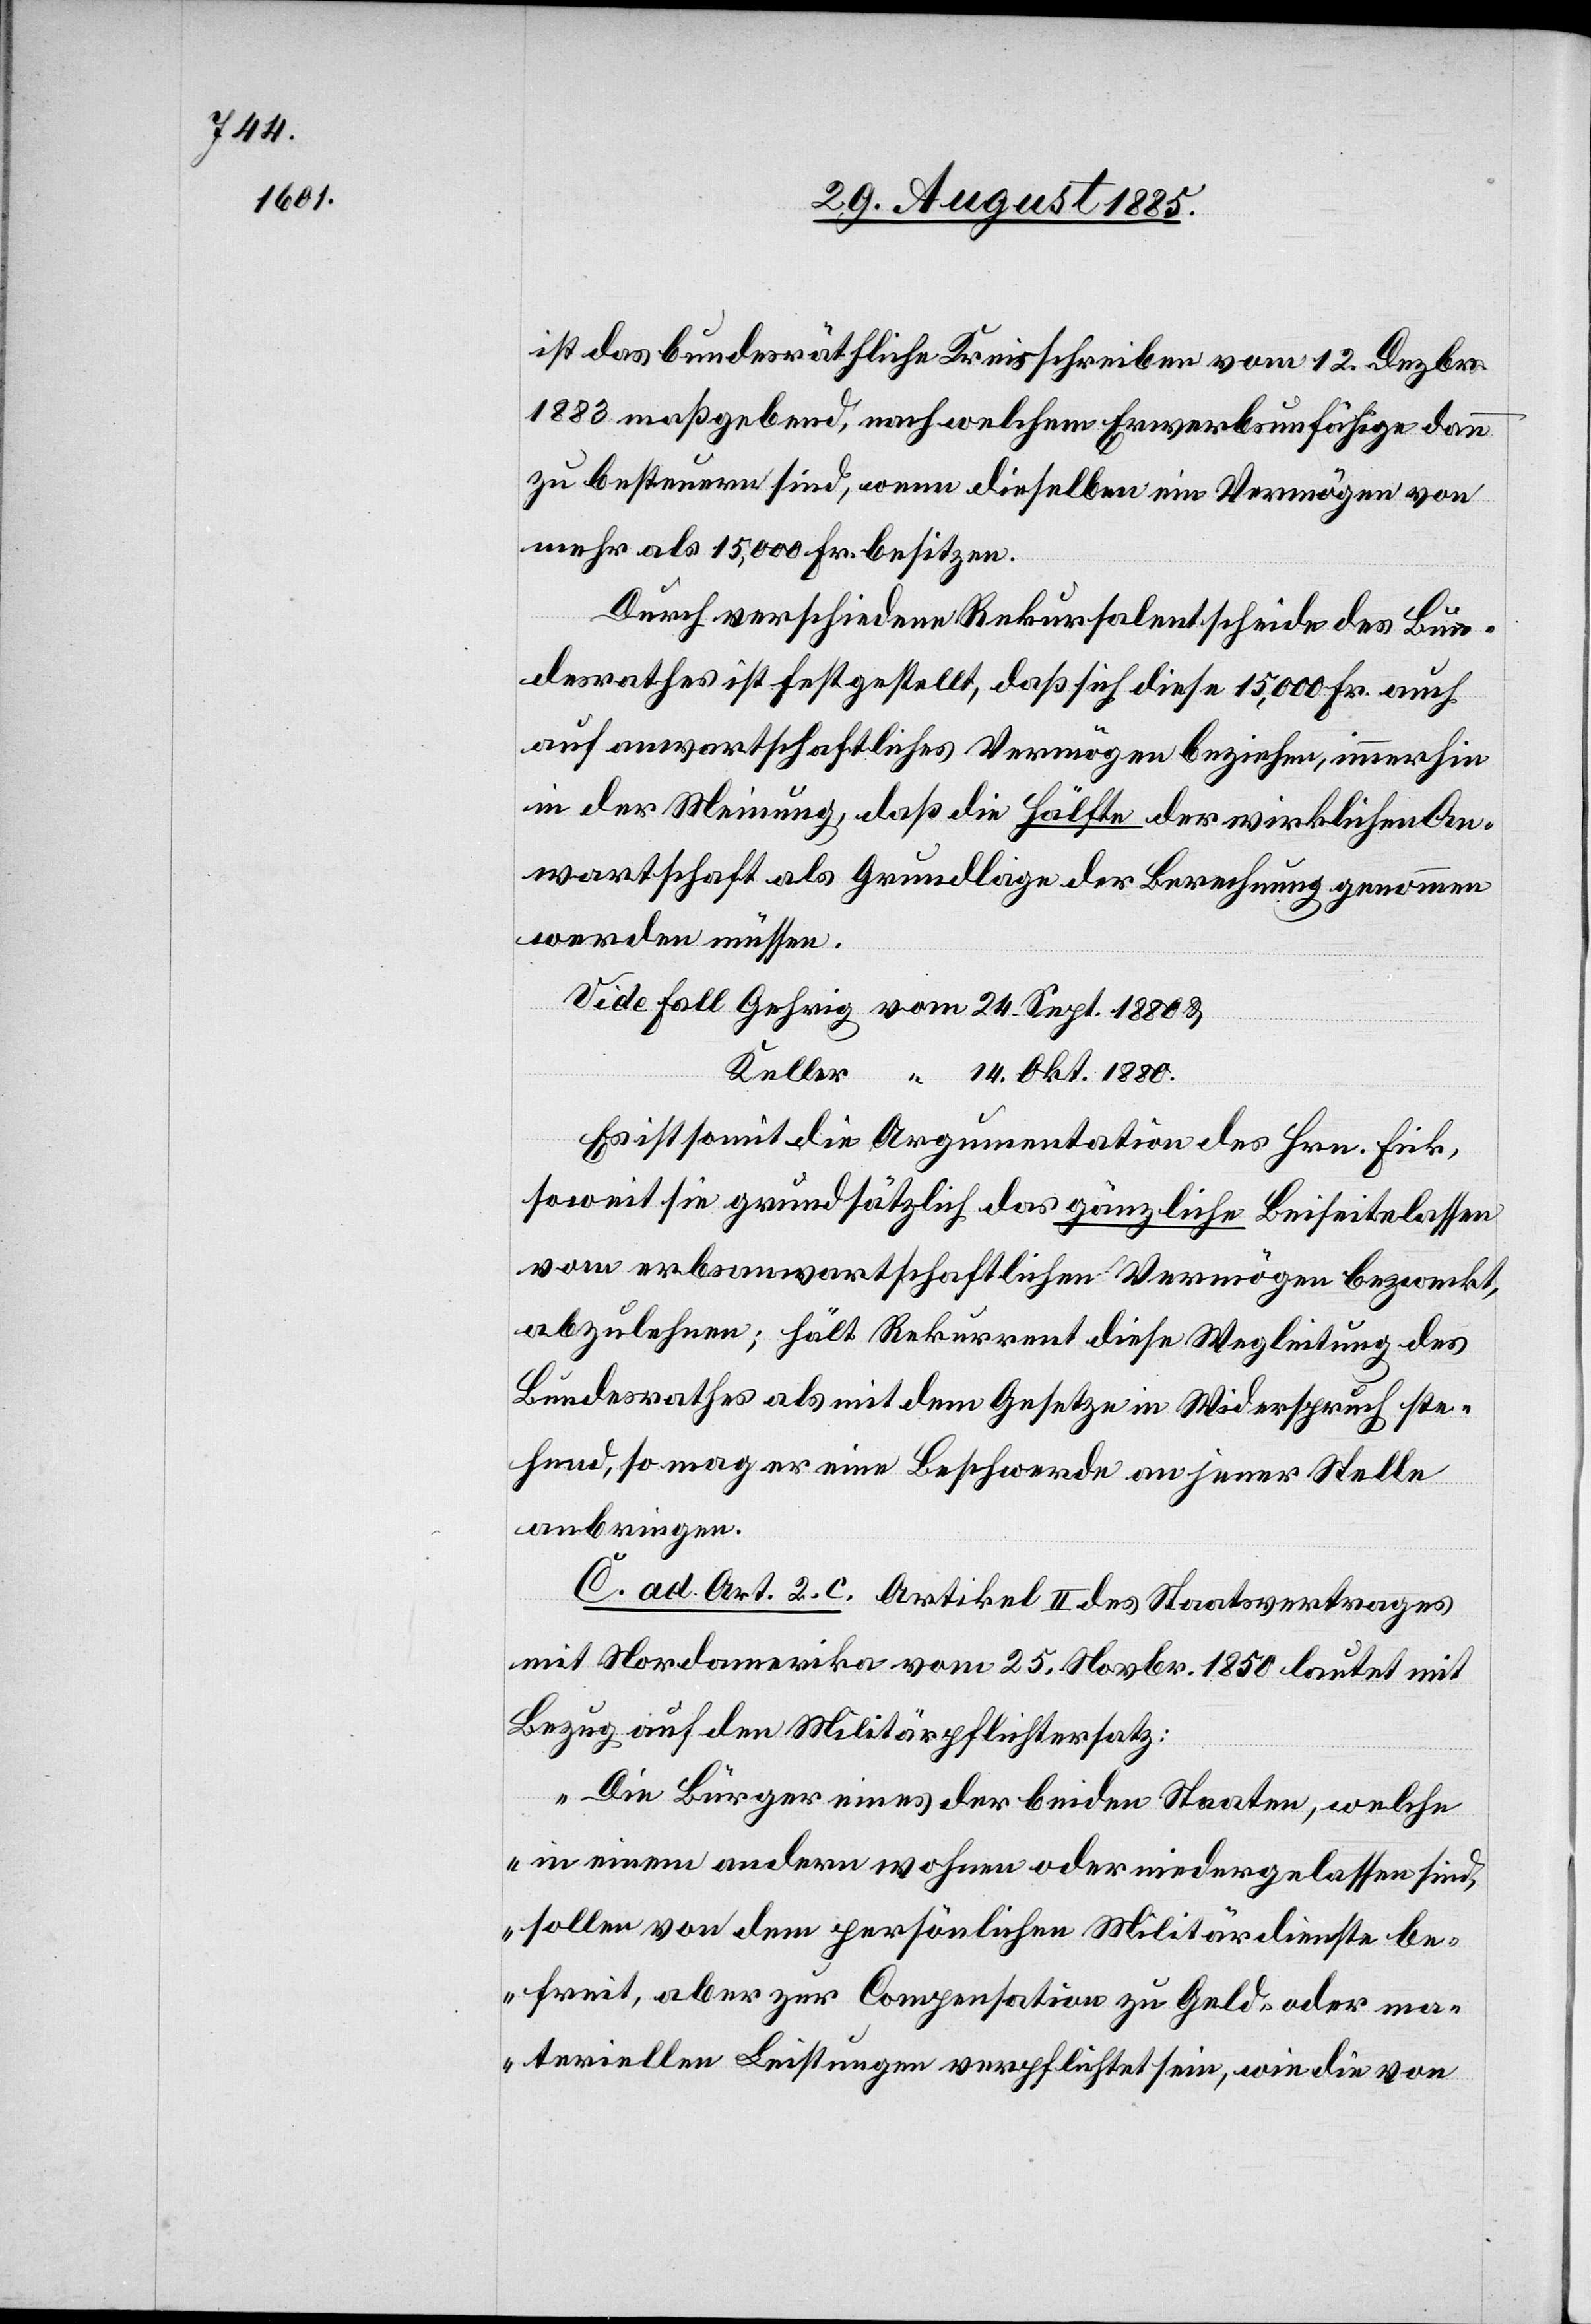
ist das bundesräthliche Kreisschreiben vom 12. Dezbr.
1883 maßgebend, nach welchem Erwerbsunfähige dann
zu besteuern sind, wenn dieselben ein Vermögen von
mehr als 15,000 Fr. besitzen.
14.
Durch verschiedene Rekursalentscheide des Bun¬
desrathes ist festgestellt, daß sich diese 15,000 Fr. auch
auf anwartschaftliches Vermögen beziehen, immerhin
in der Meinung, daß die Hälfte der wirklichen An¬
wartschaft als Grundlage der Berechnung genommen
werden müssen
Es ist somit die Argumentation des Hrn. Fick,
soweit sie grundsätzlich das gänzliche Beiseitelassen
vom erbsanwartschaftlichen Vermögen bezweckt,
abzulehnen; hält Rekurrent diese Wegleitung des
Bundesrathes als mit dem Gesetze in Widerspruch ste¬
hend, so mag er eine Beschwerde an jener Stelle
anbringen.
C. ad. Art. 2. c. Artikel II des Staatsvertrages
mit Nordamerika vom 25. Novbr. 1850 lautet mit
Bezug auf den Militärpflichtersatz:
„Die Bürger eins der beiden Staaten, welche
in einem andern wohnen oder niedergelassen sind,
sollen von dem persönlichen Militärdienste be¬
freit, aber zur Compensation zu Geld- oder ma¬
teriellen Leistungen verpflichtet sein, wie die von